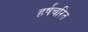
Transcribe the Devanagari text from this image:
हर्षचरित